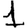
Digit: 1